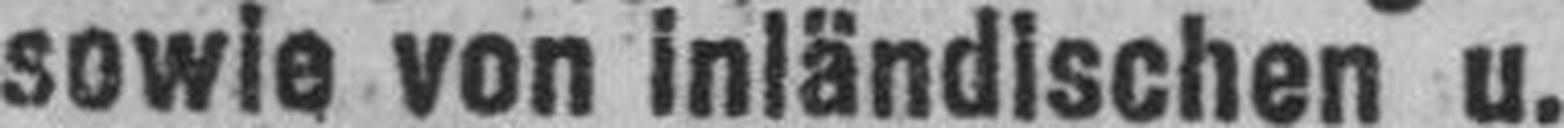
sowie von inländischen u.